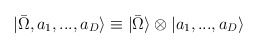
\begin{align*}|\bar{\Omega} , a_{1},...,a_{D} \rangle \equiv|\bar{\Omega} \rangle \otimes |a_{1},...,a_{D} \rangle\end{align*}